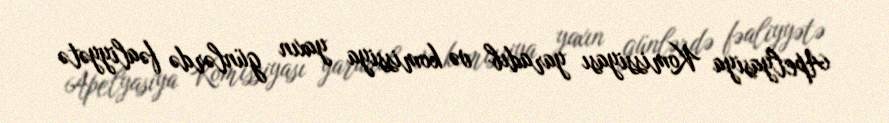
Apelyasiya Komissiyası yaradıb və komissiya yaxın günlərdə fəaliyyətə